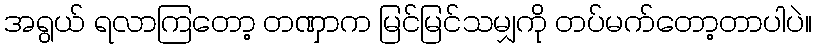
အရွယ် ရလာကြတော့ တဏှာက မြင်မြင်သမျှကို တပ်မက်တော့တာပါပဲ။